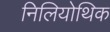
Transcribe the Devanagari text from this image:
निलियोथिक